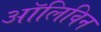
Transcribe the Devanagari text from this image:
ऑलिविन